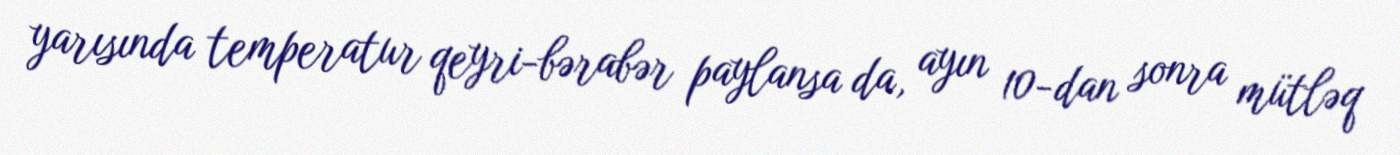
yarısında temperatur qeyri-bərabər paylansa da, ayın 10-dan sonra mütləq